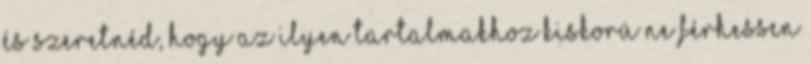
és szeretnéd, hogy az ilyen tartalmakhoz kiskorú ne férhessen